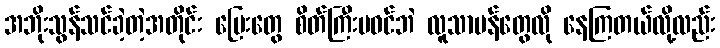
အဘိုးသွန်သင်ခဲ့တဲ့အတိုင်း မြေးတွေ စိတ်ကြီးမဝင်ဘဲ လူသာမန်တွေလို နေကြတယ်လို့လည်း